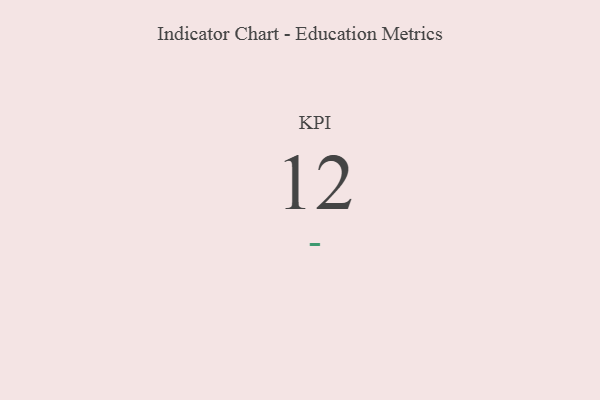
{"axis": {"x": "KPI", "y": "Value"}, "legend": [""], "data": [{"x": "KPI", "y": 12, "type": ""}]}